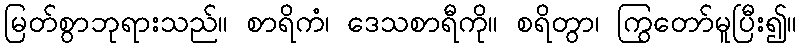
မြတ်စွာဘုရားသည်။ စာရိကံ၊ ဒေသစာရီကို။ စရိတွာ၊ ကြွတော်မူပြီး၍။